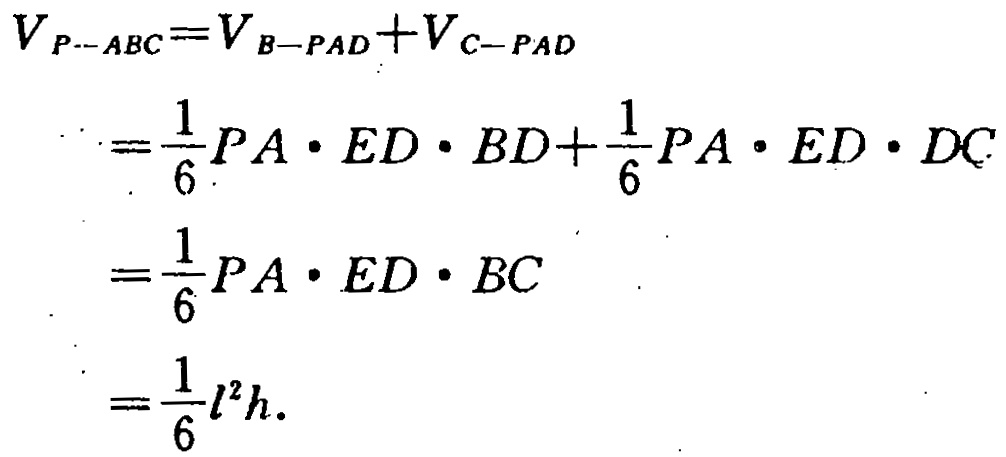
\[

\begin{align*}

V_{P - ABC}&=V_{B - PAD}+V_{C - PAD}\\

&=\frac{1}{6}PA\cdot ED\cdot BD+\frac{1}{6}PA\cdot ED\cdot DC\\

&=\frac{1}{6}PA\cdot ED\cdot BC\\

&=\frac{1}{6}l^{2}h.

\end{align*}

\]